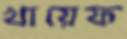
খায়েফ